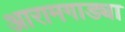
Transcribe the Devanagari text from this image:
आरामगाड्या